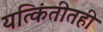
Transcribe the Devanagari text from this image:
यत्किंतीतही